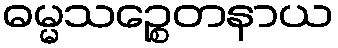
ဓမ္မသဉ္စေတနာယ